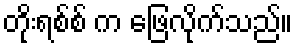
တိုးရစ်စ် က ဖြေလိုက်သည်။